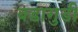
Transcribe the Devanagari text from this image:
बडागुडी